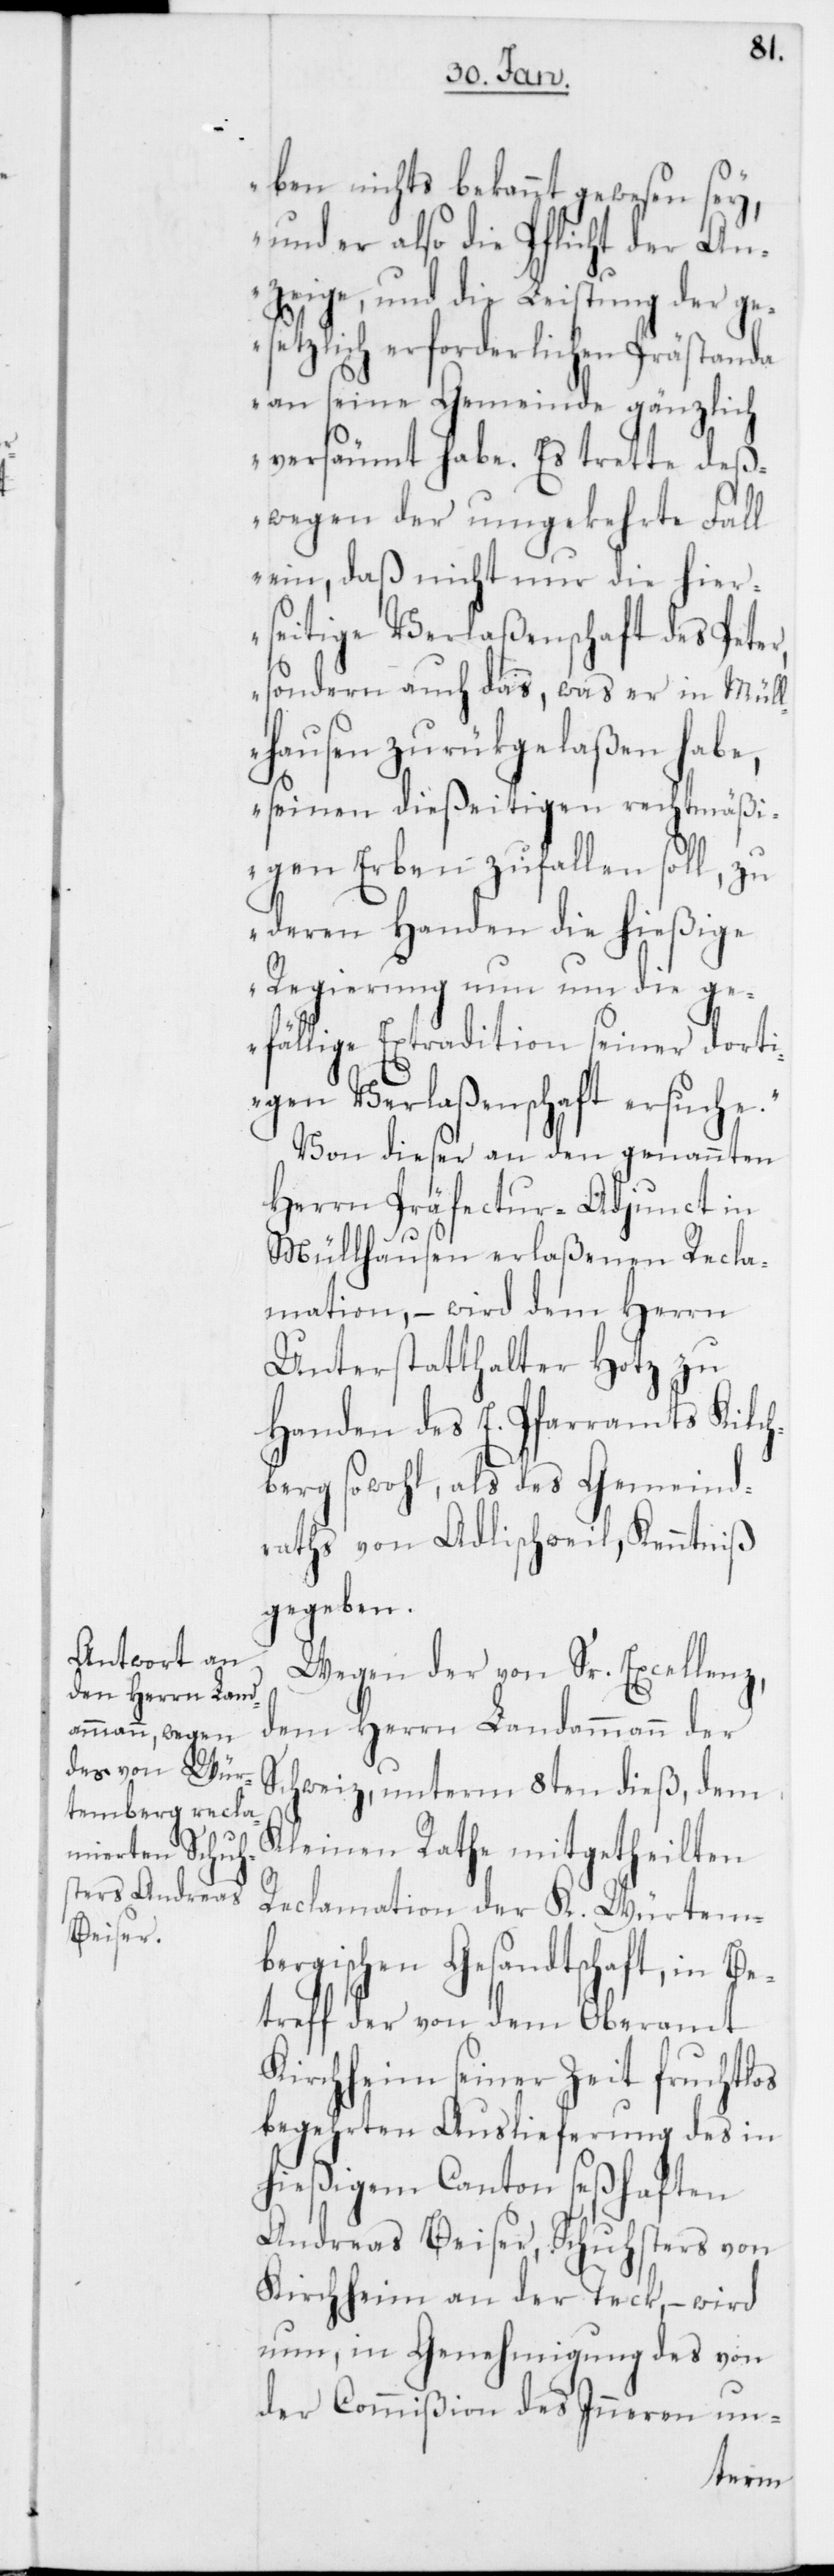
ben nichts bekannt gewesen sey,
und er also die Pflicht der An¬
zeige, und die Leistung der ge¬
setzlich erforderlichen Prästanda
an seine Gemeinde gänzlich
versäumt habe. Es trete deß¬
wegen der umgekehrte Fall
ein, daß nicht nur die hier¬
seitige Verlaßenschaft des Pe¬
sondern auch das, was er in Müll¬
hausen zurükgelaßen habe,
seinen dießeitigen rechtmäßi¬
gen Erben zufallen soll, zu
deren Handen die hießige
Regierung nun um die ge¬
fällige Extradition seiner dorti¬
gen Verlaßenschaft ersuche.“
Von dieser an den genannten
Herrn Präfectur-Adjunct in
Müllhausen erlaßenen Recla¬
mation, – wird dem Herrn
Unterstatthalter Hotz zu
Handen des E. Pfarramts Kilch¬
berg sowohl, als des Gemeind¬
raths von Adlischweil, Kenntniß
gegeben.
Wegen der von Sr. Excellenz,
dem Herrn Landammann der
Schweiz, unterm 8ten dieß, dem
Kleinen Rathe mitgetheilten
Reclamation der K. Würtem¬
bergischen Gesandtschaft, in Be¬
treff der von dem Oberamt
Kirchheim seiner Zeit fruchtlos
begehrten Auslieferung des in
hießigem Canton seßhaften
Andreas Beiser, Schuhsters von
Kirchheim an der Teck, – wird
nun, in Genehmigung des von
der Commißion des Inneren un-
ter,